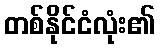
တစ်နိုင်ငံလုံး၏